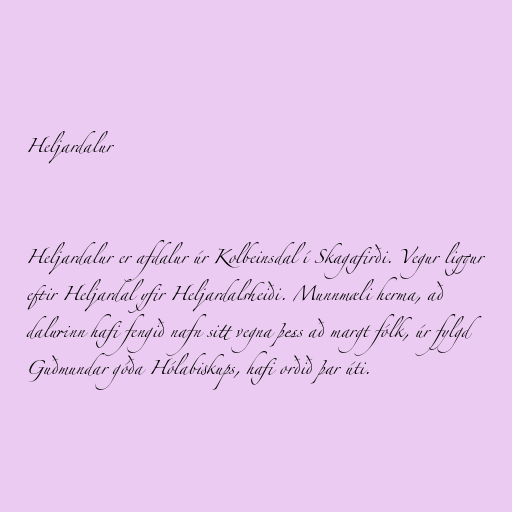
Heljardalur

Heljardalur er afdalur úr Kolbeinsdal í Skagafirði. Vegur liggur
eftir Heljardal yfir Heljardalsheiði. Munnmæli herma, að
dalurinn hafi fengið nafn sitt vegna þess að margt fólk, úr fylgd
Guðmundar góða Hólabiskups, hafi orðið þar úti.